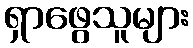
ရှာဖွေသူများ